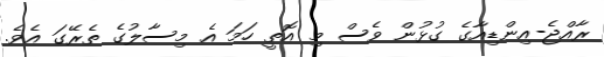
ރާއްޖެ-އިންޑިއާގެ ގުޅުން ވެސް މި އޮތީ ހަމަ އެ މިސާލުގެ ތެރޭގަ އެވެ.